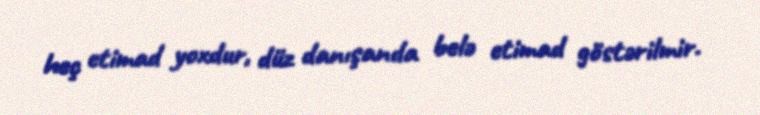
heç etimad yoxdur, düz danışanda belə etimad göstərilmir.